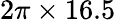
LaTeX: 2\pi\times 16.5